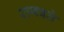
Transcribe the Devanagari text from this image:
रागवते